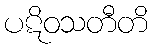
ပဋိဝသတီတိ